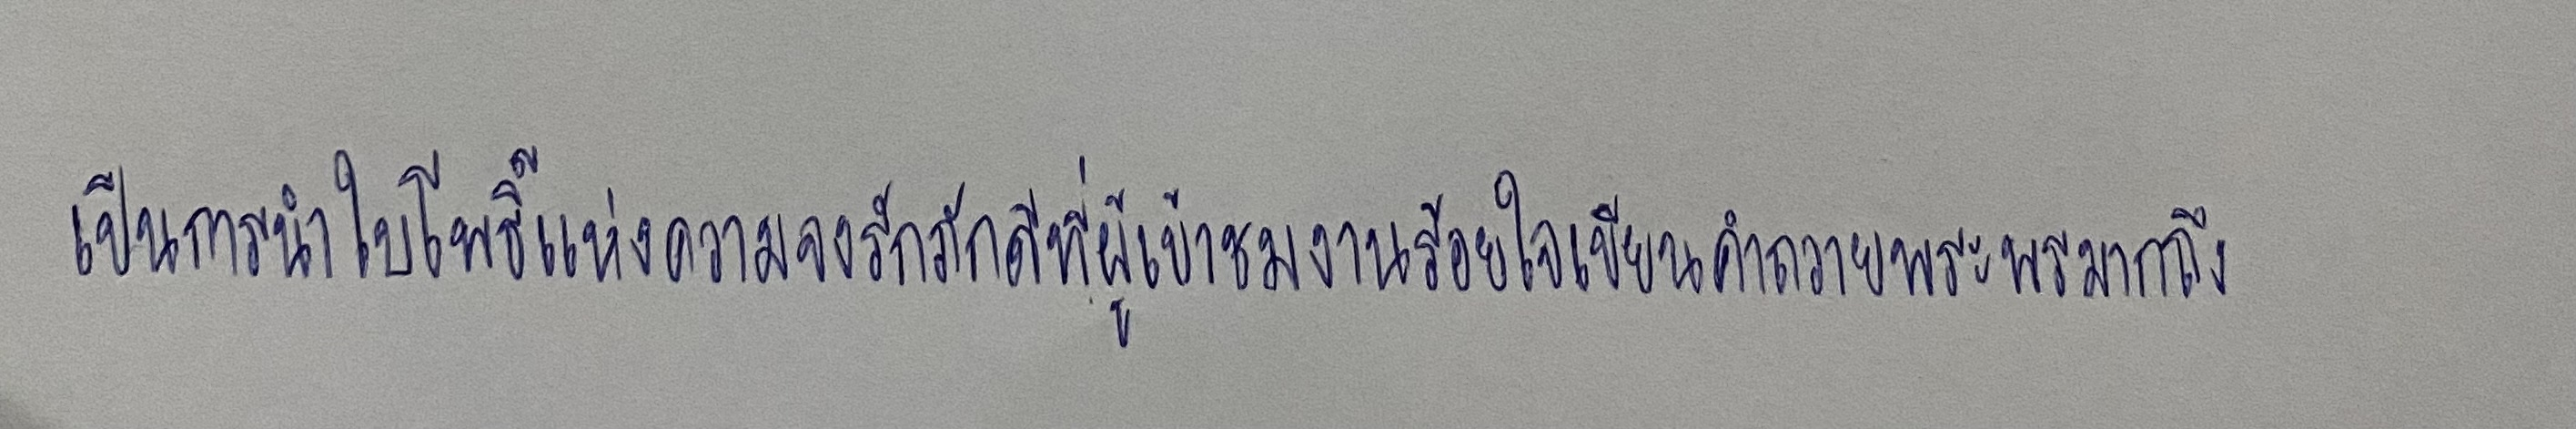
เป็นการนำใบโพธิ์แห่งความจงรักภักดีที่ผู้เข้าชมงานร้อยใจเขียนคำถวายพระพรมากถึง